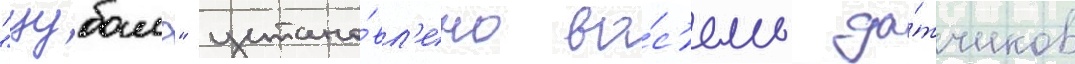
"цубамэ" устано́вл'ено во́с'емь да́тчиков